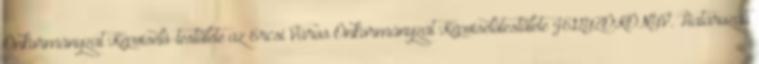
Önkormányzat Képviselő-testülete az Ercsi Város Önkormányzat Képviselőtestülete JEGYZŐKÖNYV. Határozati